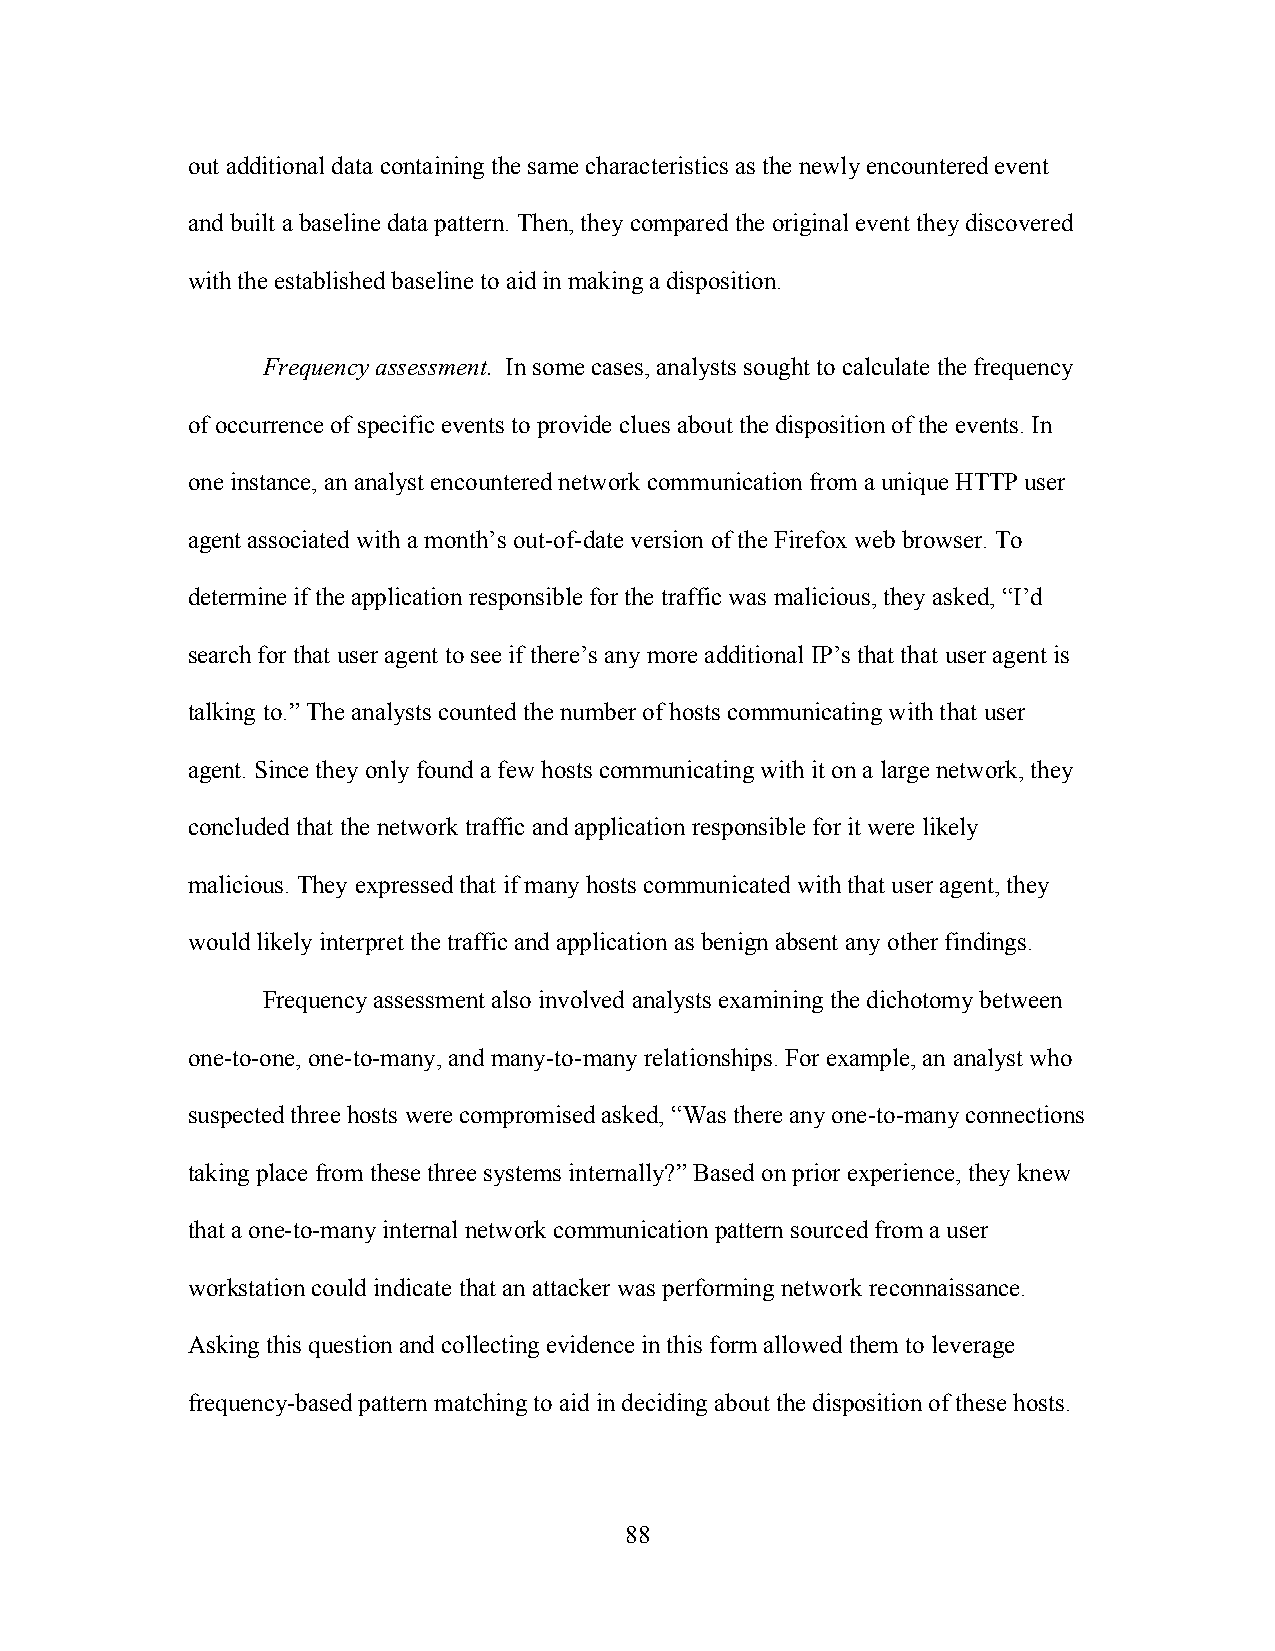
out additional data containing the same characteristics as the newly encountered event
 and built a baseline data pattern. Then, they compared the original event they discovered
 with the established baseline to aid in making a disposition.
 Frequency assessment. In some cases, analysts sought to calculate the frequency
 of occurrence of specific events to provide clues about the disposition of the events. In
 one instance, an analyst encountered network communication from a unique HTTP user
 agent associated with a month’s out-of-date version of the Firefox web browser. To
 determine if the application responsible for the traffic was malicious, they asked, “I’d
 search for that user agent to see if there’s any more additional IP’s that that user agent is
 talking to.” The analysts counted the number of hosts communicating with that user
 agent. Since they only found a few hosts communicating with it on a large network, they
 concluded that the network traffic and application responsible for it were likely
 malicious. They expressed that if many hosts communicated with that user agent, they
 would likely interpret the traffic and application as benign absent any other findings.
 Frequency assessment also involved analysts examining the dichotomy between
 one-to-one, one-to-many, and many-to-many relationships. For example, an analyst who
 suspected three hosts were compromised asked, “Was there any one-to-many connections
 taking place from these three systems internally?” Based on prior experience, they knew
 that a one-to-many internal network communication pattern sourced from a user
 workstation could indicate that an attacker was performing network reconnaissance.
 Asking this question and collecting evidence in this form allowed them to leverage
 frequency-based pattern matching to aid in deciding about the disposition of these hosts.
 88